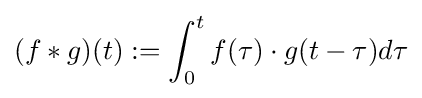
(f\ast g)(t):=\int _{0}^{t}f(\tau )\cdot g(t-\tau )d\tau